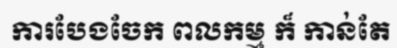
ការបែងចែក ពលកម្ម ក៏ កាន់តែ